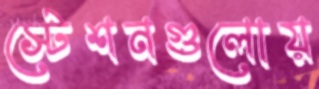
স্টেশনগুলোয়